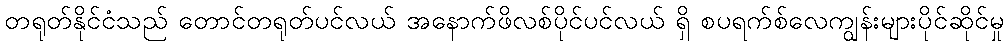
တရုတ်နိုင်ငံသည် တောင်တရုတ်ပင်လယ် အနောက်ဖိလစ်ပိုင်ပင်လယ် ရှိ စပရက်စ်လေကျွန်းများပိုင်ဆိုင်မှု